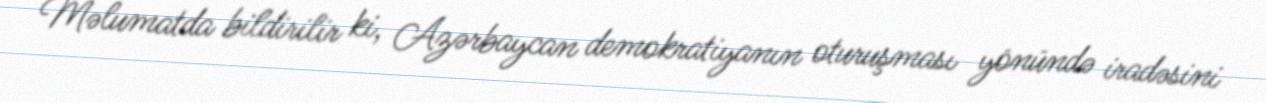
Məlumatda bildirilir ki, Azərbaycan demokratiyanın oturuşması yönündə iradəsini